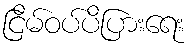
ငြိမ်ဝပ်ပိပြားရေး